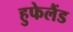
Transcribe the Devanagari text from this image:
हुफेलैंड